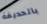
بالحديقة